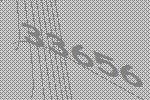
33656